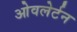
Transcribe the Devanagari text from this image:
ओवलेर्टन